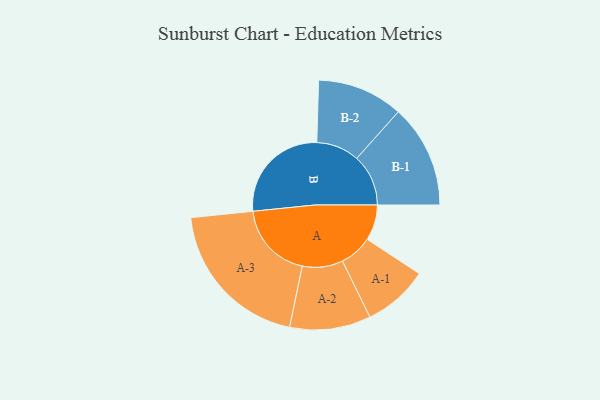
{"axis": {"x": "Segment", "y": "Value"}, "legend": ["", "A", "B"], "data": [{"x": "A", "y": 132, "type": ""}, {"x": "B", "y": 386, "type": ""}, {"x": "A-1", "y": 121, "type": "A"}, {"x": "A-2", "y": 150, "type": "A"}, {"x": "A-3", "y": 287, "type": "A"}, {"x": "B-1", "y": 191, "type": "B"}, {"x": "B-2", "y": 159, "type": "B"}]}